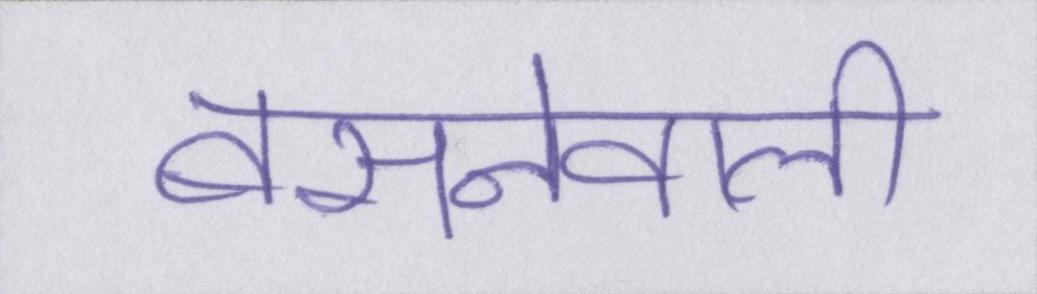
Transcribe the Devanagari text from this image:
बसनेवाली